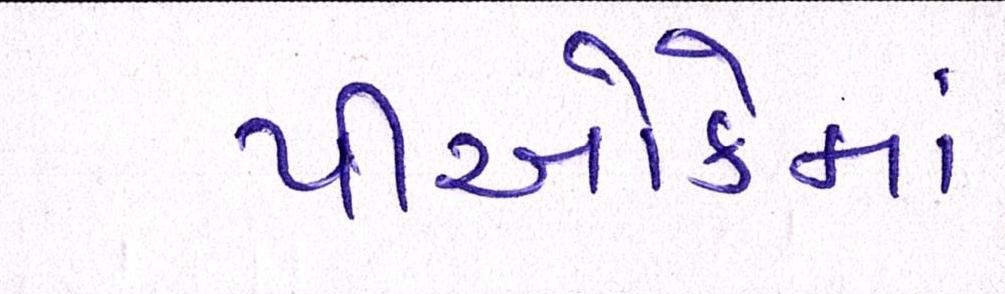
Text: પીઓકેમાં